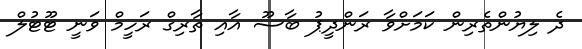
ދެ ލިޔުންތެރިން ކަމަށްވާ ރަންދީޕު ބާސޫ އާއި ތާރިގް ރަހީމް ވަނީ ޓޫޓުލް